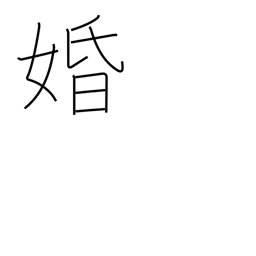
Meaning: marriage